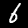
Digit: 6